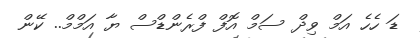
ޑަ ހެހެ އަމް ވިދް ސަމް އޮފް ފްރެންޑްސް ޔާ އަމްމް.. ކޭން